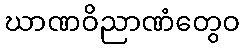
ဃာဏဝိညာဏံတွေဝ